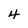
Character: 4